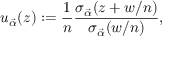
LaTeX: u _ { \vec { \alpha } } ( z ) : = \frac { 1 } { n } \frac { \sigma _ { \vec { \alpha } } ( z + w / n ) } { \sigma _ { \vec { \alpha } } ( w / n ) } ,